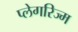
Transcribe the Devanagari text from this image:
प्लेगरिज्म